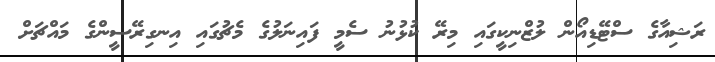
ރަޝިއާގެ ސްޓޭޑިއޯން ލުޒްނިކީގައި މިރޭ ކުޅުނު ސެމީ ފައިނަލުގެ މެޗުގައި އިނގިރޭސީންގެ މައްޗަށް